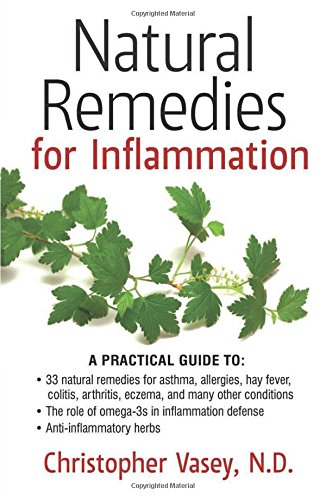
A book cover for Natural Remedies for Inflammation; Christopher Vasey N.D.; Health, Fitness & Dieting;